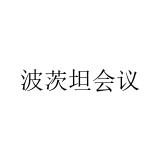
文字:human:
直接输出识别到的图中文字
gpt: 波茨坦会议